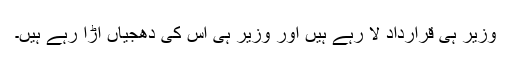
وزیر ہی قرارداد لا رہے ہیں اور وزیر ہی اس کی دھجیاں اڑا رہے ہیں۔